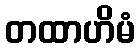
တထာဟိမံ